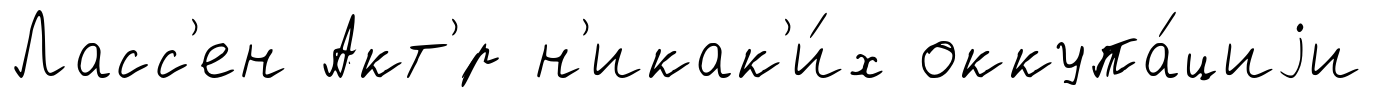
Ласс'ен Акт'́р н'икак'и́х оккупа́циjи